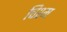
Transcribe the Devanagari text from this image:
चिश्म